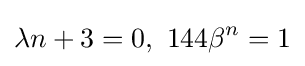
\lambda n+3=0,\ 144\beta ^{n}=1